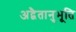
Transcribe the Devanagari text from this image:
अद्वैतानुभूति